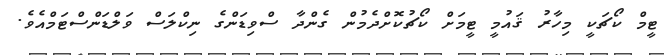
ޓީމް ކޯޗަކީ މިހާރު ޤައުމީ ޓީމަށް ކޯޗުކޮށްދެމުން ގެންދާ ސްވިޑަންގެ ނިކްލަސް ވަލްޑަންސްޓަމްއެވެ.